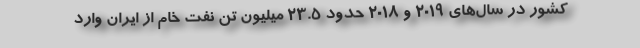
کشور در سال‌های ۲۰۱۹ و ۲۰۱۸ حدود ۲۳.۵ میلیون تن نفت خام از ایران وارد